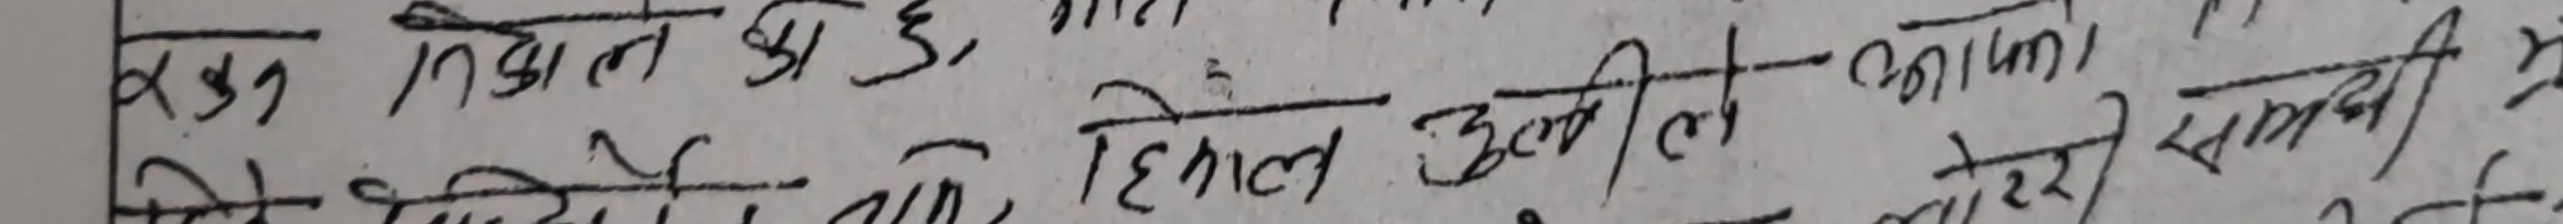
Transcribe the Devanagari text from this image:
रसुक निदान भएको छ, जस्तै पेटको रोग, ज्वरो, खैर अथवा आदि
हिमाल उचलीले पकाऔं मेरो समझी फेरि